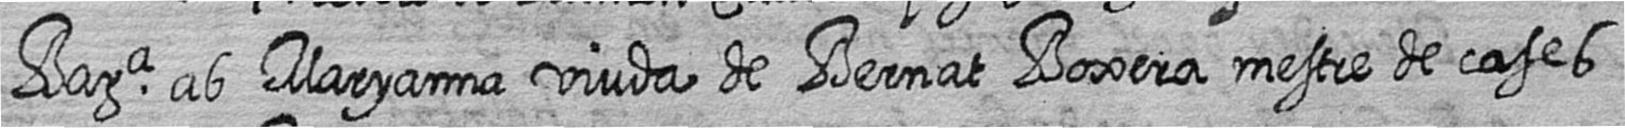
Bara ab Maryanna viuda de Bernat Boxera mestre de cases